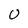
Character: U